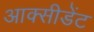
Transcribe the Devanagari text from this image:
आक्सीडेंट